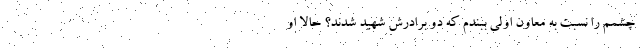
چشمم را نسبت به معاون اولی ببندم که دو برادرش شهید شدند؟ حالا او